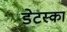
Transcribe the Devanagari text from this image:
डेटस्का